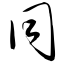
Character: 同